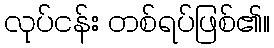
လုပ်ငန်း တစ်ရပ်ဖြစ်၏။